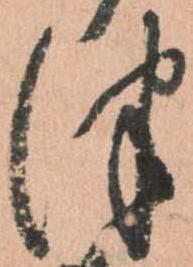
津